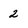
Character: 2